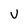
Character: V